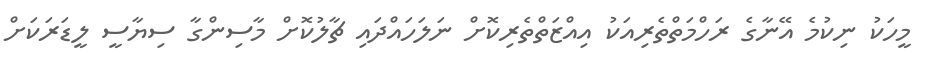
މީހަކު ނިކުމެ އޭނާގެ ރަހްމަތްތެރިއަކު އިއްޒަތްތެރިކޮށް ނަލަހައްދައި ޗާލުކޮށް މާސިންގާ ސިޔާސީ ލީޑަރަކަށް